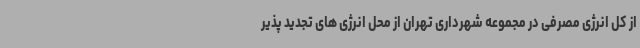
از کل انرژی مصرفی در مجموعه شهرداری تهران از محل انرژی های تجدید پذیر